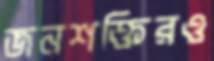
জনশক্তিরও